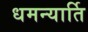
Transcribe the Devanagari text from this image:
धमन्यार्ति